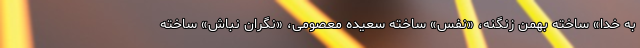
به خدا» ساخته بهمن زنگنه، «نفس» ساخته سعیده معصومی، «نگران نباش» ساخته